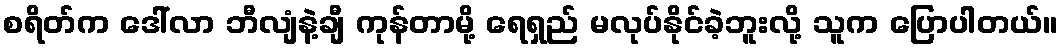
စရိတ်က ဒေါ်လာ ဘီလျံနဲ့ချီ ကုန်တာမို့ ရေရှည် မလုပ်နိုင်ခဲ့ဘူးလို့ သူက ပြောပါတယ်။